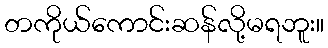
တကိုယ်ကောင်းဆန်လို့မရဘူး။